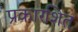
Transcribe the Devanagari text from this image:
प्रकारशित